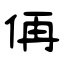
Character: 侢